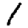
Digit: 1